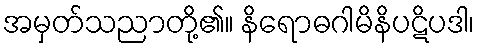
အမှတ်သညာတို့၏။ နိရောဓဂါမိနိပဋိပဒါ၊